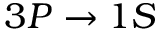
3 P \rightarrow 1 S